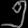
Digit: ၅